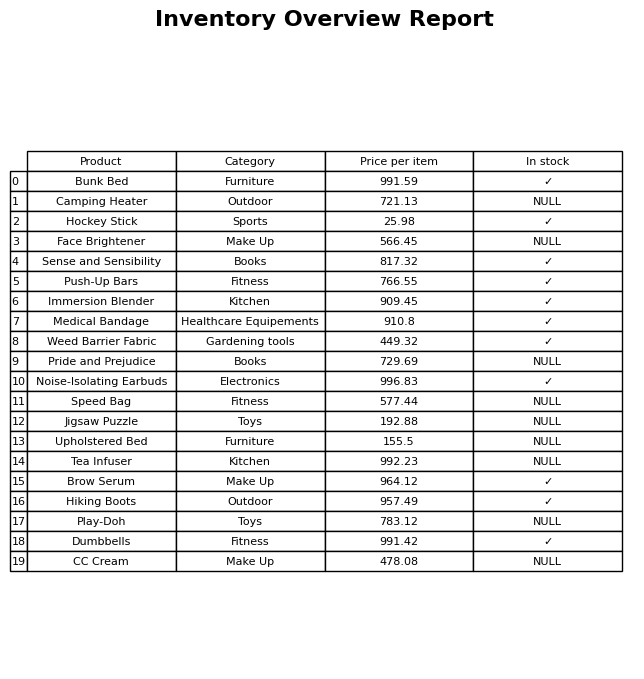
question: What is the price for CC Cream?
answer: The price of CC Cream is 478.08.